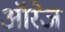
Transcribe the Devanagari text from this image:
ऑरेज